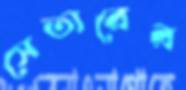
সেতারের